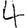
Digit: 4